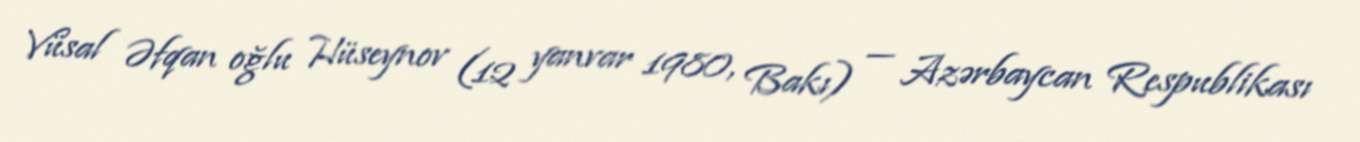
Vüsal Əfqan oğlu Hüseynov (12 yanvar 1980, Bakı) — Azərbaycan Respublikası